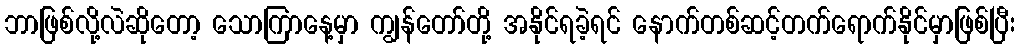
ဘာဖြစ်လို့လဲဆိုတော့ သောကြာနေ့မှာ ကျွန်တော်တို့ အနိုင်ရခဲ့ရင် နောက်တစ်ဆင့်တက်ရောက်နိုင်မှာဖြစ်ပြီး